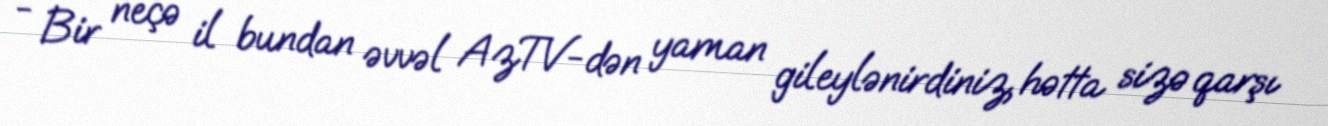
- Bir neçə il bundan əvvəl AzTV-dən yaman gileylənirdiniz, hətta sizə qarşı